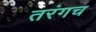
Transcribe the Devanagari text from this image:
तरंगच